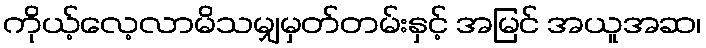
ကိုယ့်လေ့လာမိသမျှမှတ်တမ်းနှင့် အမြင် အယူအဆ၊